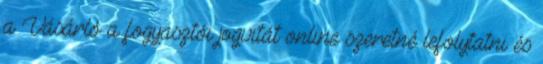
a Vásárló a fogyasztói jogvitát online szeretné lefolytatni és